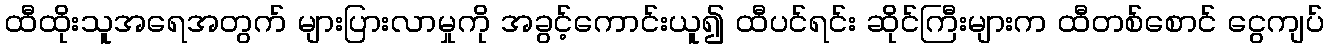
ထီထိုးသူအရေအတွက် များပြားလာမှုကို အခွင့်ကောင်းယူ၍ ထီပင်ရင်း ဆိုင်ကြီးများက ထီတစ်စောင် ငွေကျပ်